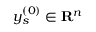
y _ { s } ^ { ( 0 ) } \in \mathbf { R } ^ { n }